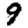
Digit: 9